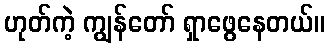
ဟုတ်ကဲ့ ကျွန်တော် ရှာဖွေနေတယ်။